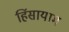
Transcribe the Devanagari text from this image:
हिंसायाम